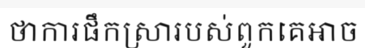
ថាការផឹកស្រារបស់ពួកគេអាច